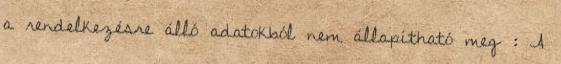
a rendelkezésre álló adatokból nem állapítható meg : A